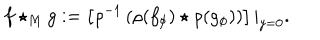
LaTeX: f \star _ { M } g : = \left[ \rho ^ { - 1 } \left( \rho ( f _ { \phi } ) \star \rho ( g _ { \phi } ) \right) \right] | _ { y = 0 } .